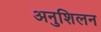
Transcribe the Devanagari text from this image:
अनुशिलन